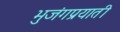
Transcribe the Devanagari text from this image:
भुजंगप्रयाती